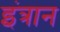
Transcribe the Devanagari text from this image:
इंत्रान